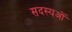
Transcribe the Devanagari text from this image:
सदस्यओं